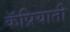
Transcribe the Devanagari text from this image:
कॅप्रियाती